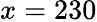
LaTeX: x=230